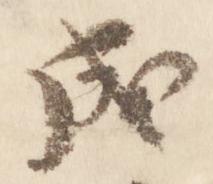
成